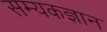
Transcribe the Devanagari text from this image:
सम्यकज्ञान